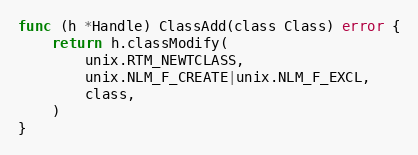
Language: Go
func (h *Handle) ClassAdd(class Class) error {
	return h.classModify(
		unix.RTM_NEWTCLASS,
		unix.NLM_F_CREATE|unix.NLM_F_EXCL,
		class,
	)
}